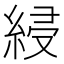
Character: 綅